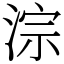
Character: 淙